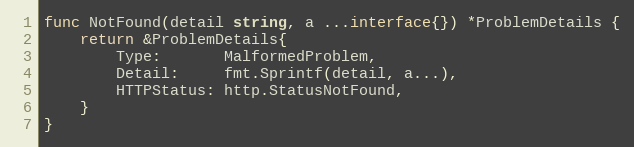
Language: Go
func NotFound(detail string, a ...interface{}) *ProblemDetails {
	return &ProblemDetails{
		Type:       MalformedProblem,
		Detail:     fmt.Sprintf(detail, a...),
		HTTPStatus: http.StatusNotFound,
	}
}